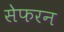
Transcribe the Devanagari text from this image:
सेफरन